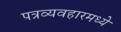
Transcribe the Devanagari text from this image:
पत्रव्यवहारमध्ये